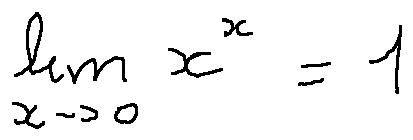
\lim \limits _ { x \rightarrow 0 } x ^ { x } = 1